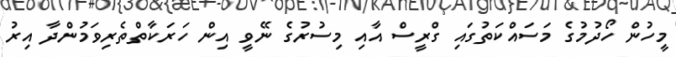
މީހުން ހޯދުމުގެ މަސައްކަތުގައި ގްރީސް އާއި މިސުރުގެ ނޭވީ އިން ހަރަކާތްތެރިވަމުންދާ އިރު